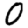
Digit: 0